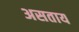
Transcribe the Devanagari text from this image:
असताय